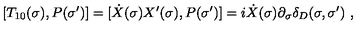
[ T _ { 1 0 } ( \sigma ) , P ( \sigma ^ { \prime } ) ] = [ \dot { X } ( \sigma ) X ^ { \prime } ( \sigma ) , P ( \sigma ^ { \prime } ) ] = i \dot { X } ( \sigma ) \partial _ { \sigma } \delta _ { D } ( \sigma , \sigma ^ { \prime } ) \ ,